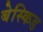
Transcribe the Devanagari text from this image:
बेस्किड